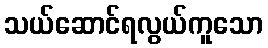
သယ်ဆောင်ရလွယ်ကူသော